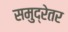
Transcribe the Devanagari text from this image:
समुद्रेतर